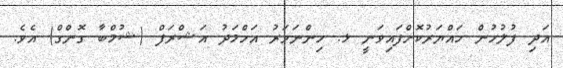
އަދި ފުލުހުން ހައްޔަރުކޮށްފައިވަނީ ޅ. ހިންނަވަރު އަހްމަދު އަޝްރަފް (ޝުމްބާ ގޮންގް) އެވެ.